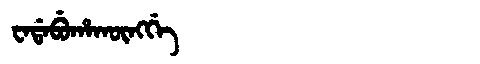
Manchu: ᠸᠠᡩᠠᠪᡠᡥᠠᡴᡡᠩᡤᡝ
Romanization: WADABUHAKŪNGGE